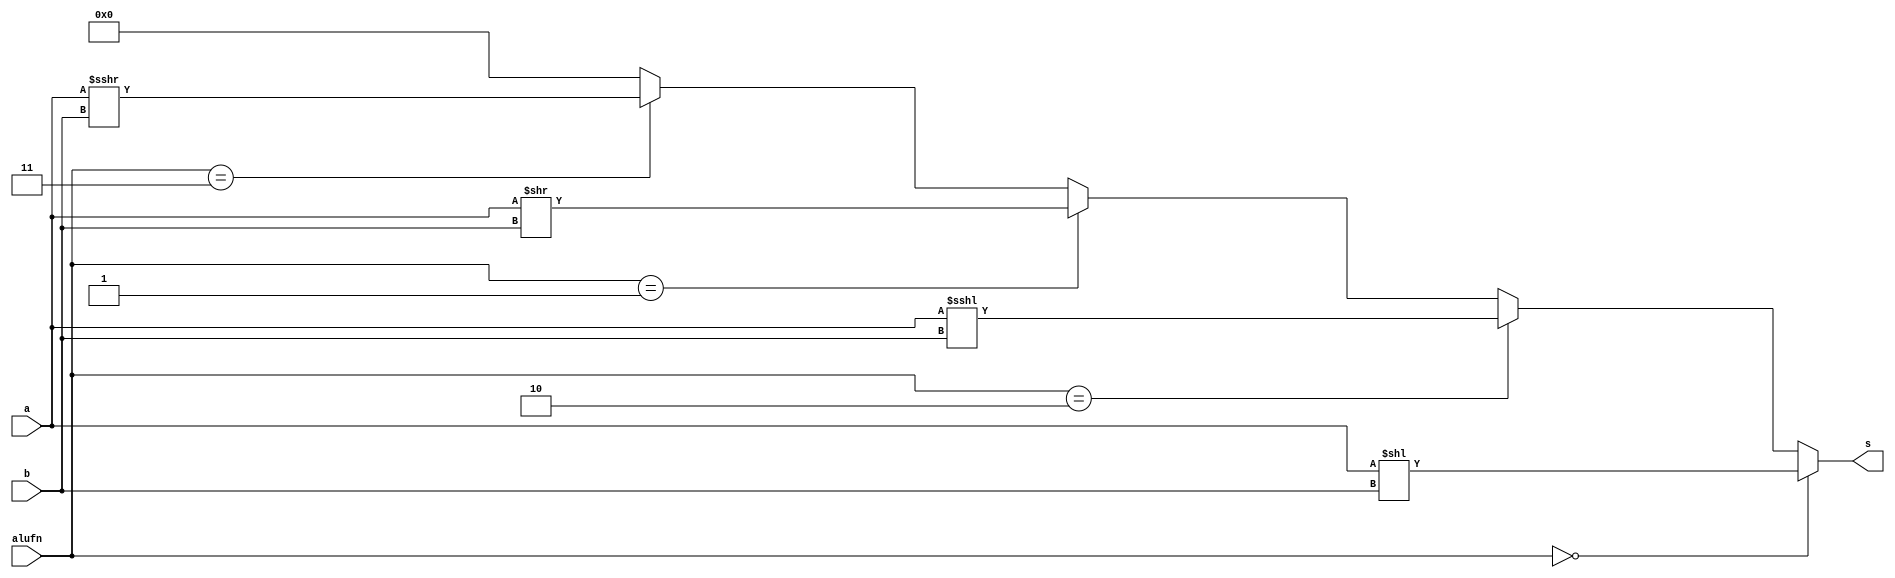
module shifter_16bit_8 (
    input [15:0] a,
    input [3:0] b,
    input [1:0] alufn,
    output reg [15:0] s
  );
  
  
  
  always @* begin
    s[0+15-:16] = 1'h0;
    if (alufn[0+1-:2] == 2'h3) begin
      s[0+15-:16] = $signed(a[0+15-:16]) >>> b[0+3-:4];
    end
    if (alufn[0+1-:2] == 2'h1) begin
      s[0+15-:16] = a[0+15-:16] >> b[0+3-:4];
    end
    if (alufn[0+1-:2] == 2'h2) begin
      s[0+15-:16] = a[0+15-:16] <<< b[0+3-:4];
    end
    if (alufn[0+1-:2] == 2'h0) begin
      s[0+15-:16] = a[0+15-:16] << b[0+3-:4];
    end
  end
endmodule